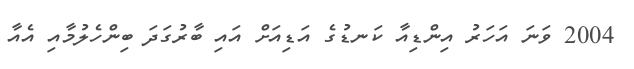
2004 ވަނަ އަހަރު އިންޑިއާ ކަނޑުގެ އަޑިއަށް އައި ބާރުގަދަ ބިންހެލުމާއި އެއާ